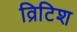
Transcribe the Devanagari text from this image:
व्रिटिश